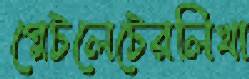
প্লেটলেটেরলিখা